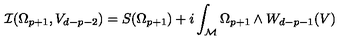
{ \cal { I } } ( \Omega _ { p + 1 } , V _ { d - p - 2 } ) = S ( \Omega _ { p + 1 } ) + i \int _ { \cal { M } } \Omega _ { p + 1 } \wedge { } W _ { d - p - 1 } ( V ) { }